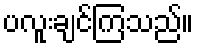
ပလူးချင်ကြသည်။